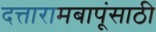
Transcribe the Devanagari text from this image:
दत्तारामबापूंसाठी